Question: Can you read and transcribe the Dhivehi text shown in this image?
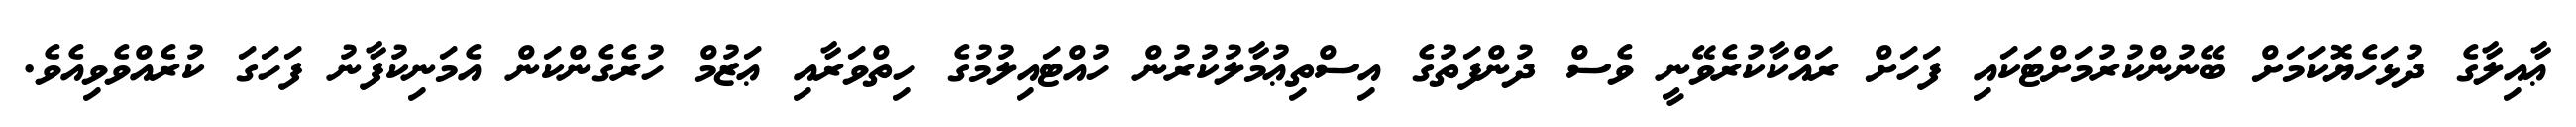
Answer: ޢާއިލާގެ ދުޅަހެޔޮކަމަށް ބޭނުންކުރުމަށްޓަކައި ފަހަށް ރައްކާކުރެވޭނީ ވެސް ދުންފަތުގެ އިސްތިޢުމާލުކުރުން ހުއްޓައިލުމުގެ ހިތްވަރާއި ޢަޒުމް ހުރެގެންކަން އެމަނިކުފާނު ފަހަގަ ކުރެއްވެވިއެވެ.